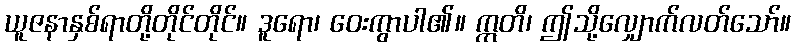
ယူဇနာနှစ်ရာတို့တိုင်တိုင်။ ဒူရော၊ ဝေးကွာပါ၏။ ဣတိ၊ ဤသို့လျှောက်လတ်သော်။